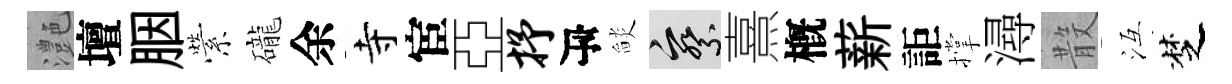
灔壇胭縈礲余寺宦亞抒瓴𦦨察熹槪薪詎撑潯𣪚冱椘